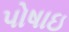
પોષાઇ